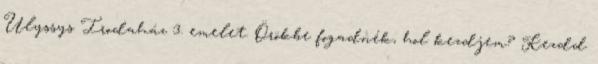
Ulyssys Irodaház 3. emelet. Örökbe fogadnék, hol kezdjem? Kezdd